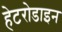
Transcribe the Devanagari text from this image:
हेटरोडाइन